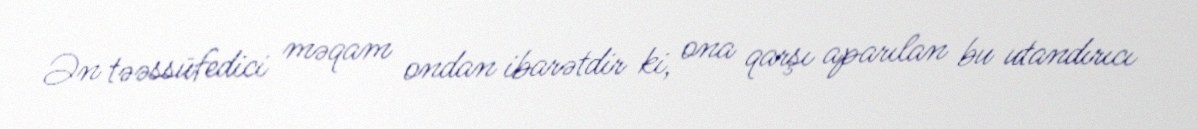
Ən təəssüfedici məqam ondan ibarətdir ki, ona qarşı aparılan bu utandırıcı